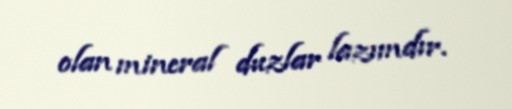
olan mineral duzlar lazımdır.